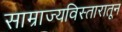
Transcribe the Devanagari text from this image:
साम्राज्यविस्तारातून